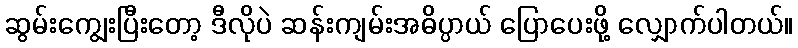
ဆွမ်းကျွေးပြီးတော့ ဒီလိုပဲ ဆန်းကျမ်းအဓိပ္ပာယ် ပြောပေးဖို့ လျှောက်ပါတယ်။